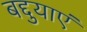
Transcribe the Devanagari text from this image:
बद्दुयाएं